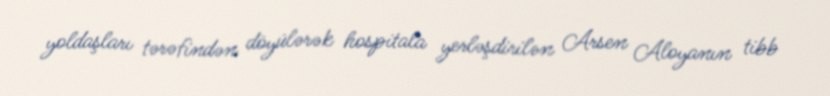
yoldaşları tərəfindən döyülərək hospitala yerləşdirilən Arsen Aloyanın tibb